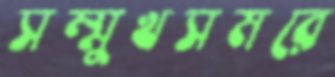
সম্মুখসমরে